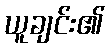
ယူချင်း၏